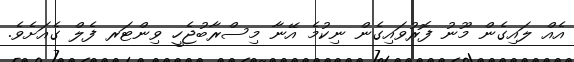
އެއް ލައިގެން މޫނު ފޮރުވައިގެން ނިކުމެ އޭނާ މިސްރާބުޖެހީ ވިންޓަރ ފެލް ގެއަށެވެ.